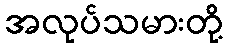
အလုပ်သမားတို့